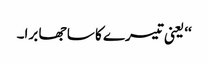
‘‘ یعنی تیسرے کا سا جھا برا۔